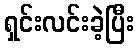
ရှင်းလင်းခဲ့ပြီး